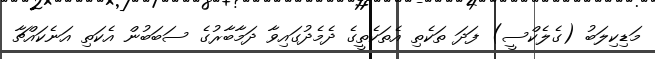
މަޑިކިލަބު (ގެލެކްސީ) ފަދަ ތަކެތި އެތަކެތީގެ ދެމެދުގައިވާ ދަމާބާރުގެ ސަބަބުން އެކަތި އަނެކައްޗާ